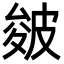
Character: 皴